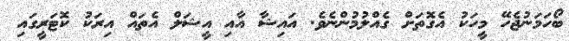
ބޯހަމަނުޖެހޭ މީހަކު އެގޮތަށް ގެއްލުމުންނެވެ. އައިޝާ އާއި އީޝަލް އެތައް އިރަކު ކޮޓަރީގައި